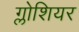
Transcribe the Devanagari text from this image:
ग्लोशियर